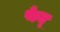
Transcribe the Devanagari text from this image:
पेहलू